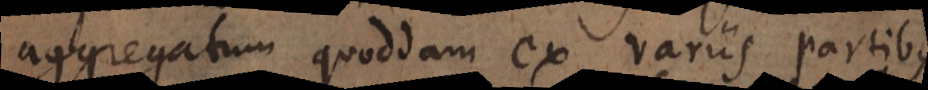
aggregatum quoddam ex variis partibus,